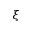
\xi